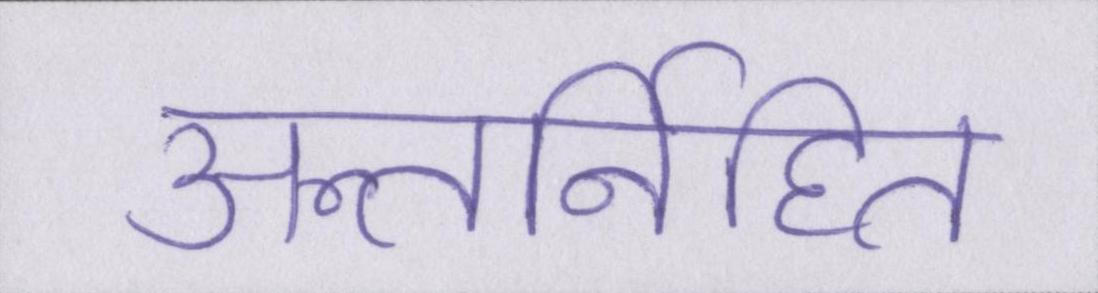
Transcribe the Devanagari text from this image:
अन्तर्निहित